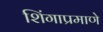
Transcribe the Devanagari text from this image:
शिंगाप्रमाणे